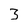
Character: 3